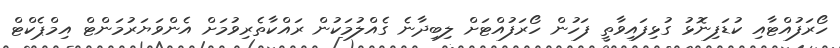
ހޯރަފުއްޓާއި ކުޑަފިނޮޅު ގުޅިފައިވާތީ ފަހުން ހޯރަފުއްޓަށް ލިބިދާނެ ގެއްލުމަކުން ރައްކާތެރިވުމަށް އެންވަޔަރުމަންޓް އިމްޕެކްޓް